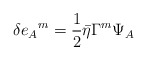
\begin{align*}\delta e_A{}^m={1\over 2}\bar\eta\Gamma^m\Psi_A\end{align*}